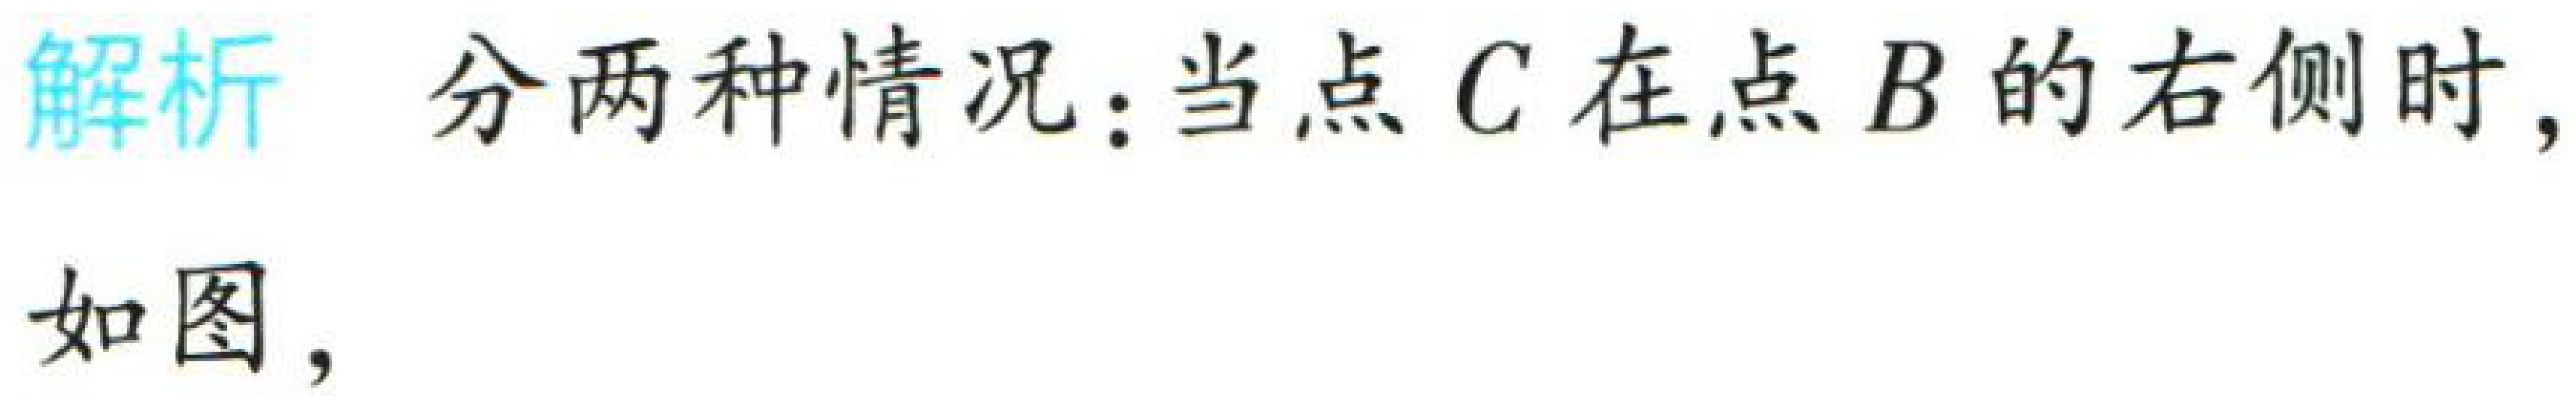
解析 分两种情况：当点 \(C\) 在点 \(B\) 的右侧时，

如图，